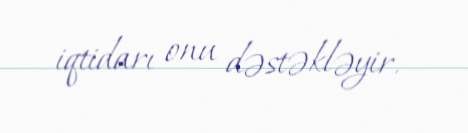
iqtidarı onu dəstəkləyir.